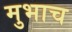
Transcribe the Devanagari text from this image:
मुभाच